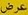
عرض